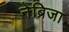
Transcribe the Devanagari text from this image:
नेब्रिजा